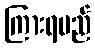
ကြားရမည်